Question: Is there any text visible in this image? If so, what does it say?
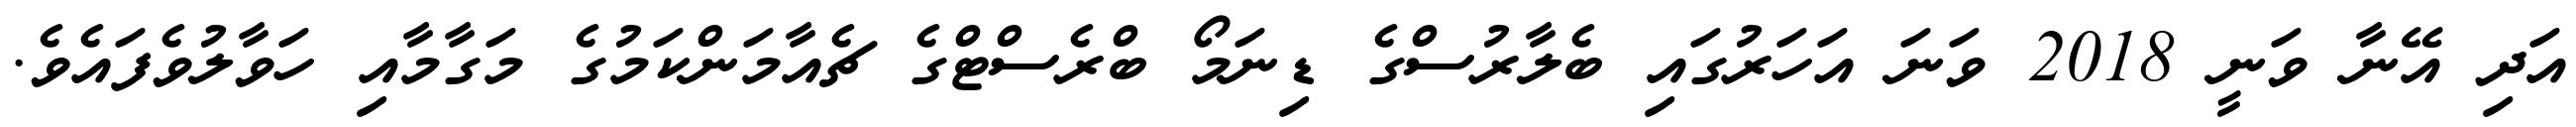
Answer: އަދި އޭނާ ވަނީ 2018 ވަނަ އަހަރުގައި ބެލާރުސްގެ ޑިނަމޯ ބްރެސްޓްގެ ޗެއާމަންކަމުގެ މަގާމާއި ހަވާލުވެފައެވެ.